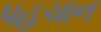
પહચાન